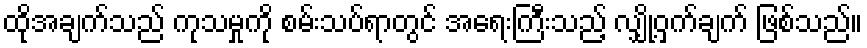
ထိုအချက်သည် ကုသမှုကို စမ်းသပ်ရာတွင် အရေးကြီးသည့် လျှို့ဝှက်ချက် ဖြစ်သည်။